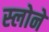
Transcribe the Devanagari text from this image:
स्‍लोने